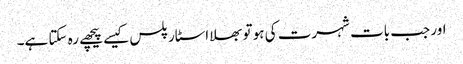
اور جب بات شہرت کی ہو تو بھلا اسٹار پلس کیسے پیچھے رہ سکتا ہے۔